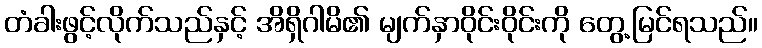
တံခါးဖွင့်လိုက်သည်နှင့် အိရှိဂါမိ၏ မျက်နှာဝိုင်းဝိုင်းကို တွေ့မြင်ရသည်။